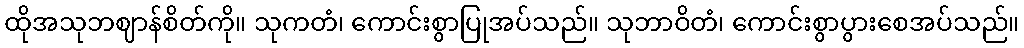
ထိုအသုဘဈာန်စိတ်ကို။ သုကတံ၊ ကောင်းစွာပြုအပ်သည်။ သုဘာဝိတံ၊ ကောင်းစွာပွားစေအပ်သည်။